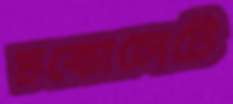
চকোলেটে